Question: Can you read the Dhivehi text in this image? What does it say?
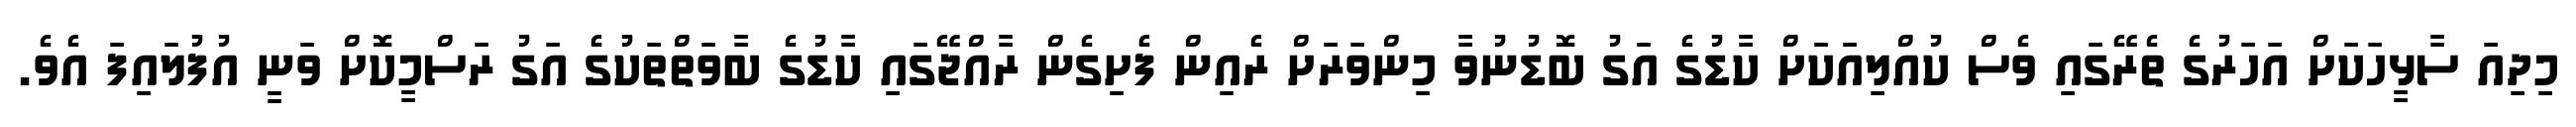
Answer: މިދިއަ ސާޅީހަކަށް އަހަރުގެ ތެރޭގައި ވެސް ކުއްލިއަކަށް ކާޑުގެ އަގު ބޮޑުނުވާ މިންވަރަށް ރެއިން ފެށިގެން ރާއްޖޭގައި ކާޑުގެ ބާވަތްތަކުގެ އަގު ރަސްމީކޮށް ވަނީ އުފުލައިފަ އެވެ.